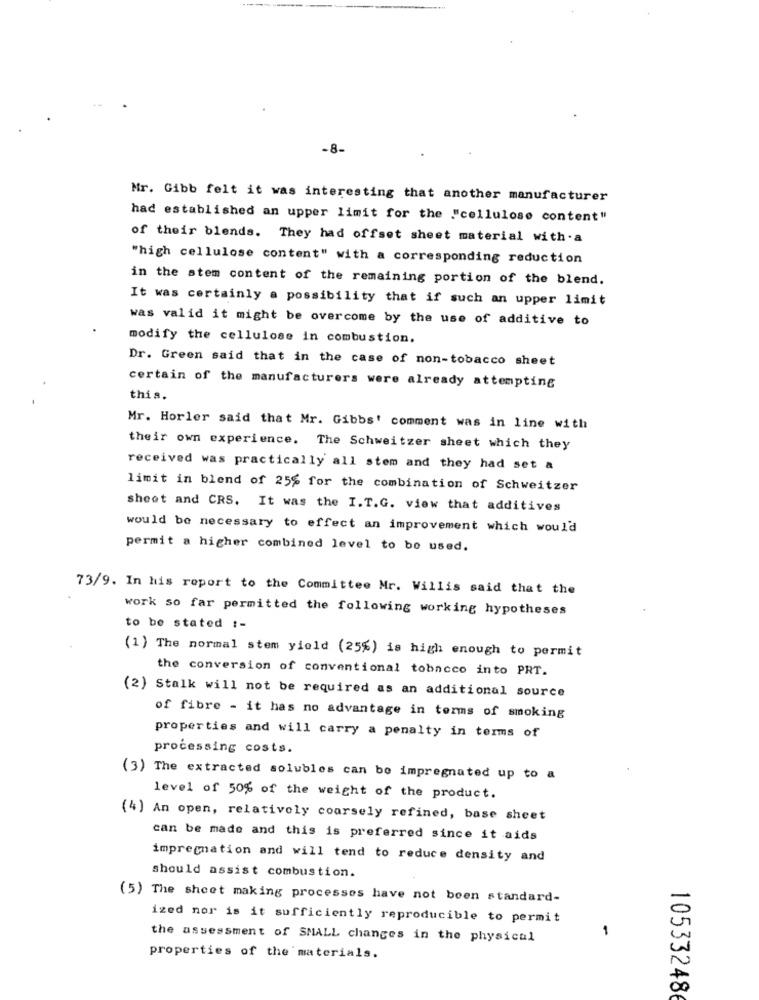
-8-
Mr. Gibb felt it was interesting that another manufacturer
had established an upper limit for the "cellulose content"
of their blends. They had offset sheet material with.a
"high cellulose content" with a corresponding reduction
in the stem content of the remaining portion of the blend.
It was certainly a possibility that if such an upper limit
was valid it might be overcome by the use of additive to
modify the cellulose in combustion.
Dr. Green said that in the case of non-tobacco sheet
certain of the manufacturers were already attempting
this.
Mr. Horler said that Mr. Gibbs' comment was in line with
their own experience. The Schweitzer sheet which they
received was practically all stem and they had set a
limit in blend of 25% for the combination of Schweitzer
sheet and CRS. It was the I.T.G. view that additives
would be necessary to effect an improvement which would
permit a higher combined level to be used.
73/9. In his report to the Committee Mr. Willis said that the
work so far permitted the following working hypotheses
to be stated :-
(1) The normal stem yield (25%) is high enough to permit
the conversion of conventional tobacco into PRT.
(2) Stalk will not be required as an additional source
of fibre - it has no advantage in terms of smoking
properties and will carry a penalty in terms of
processing costs.
(3) The extracted solubles can be impregnated up to a
level of 50% of the weight of the product.
(4) An open, relatively coarsely refined, base sheet
can be made and this is preferred since it aids
impregnation and will tend to reduce density and
should assist combustion.
(5) The sheet making processes have not been standard-
ized nor is it sufficiently reproducible to permit
the assessment of SMALL changes in the physical
-
properties of the materials.
105332486